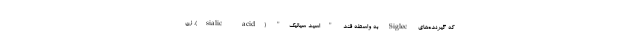
که گیرنده‌های Siglec به واسطه قند "اسید سیالیک" (sialic acid)، زن